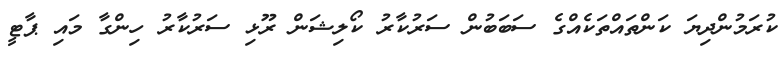
ކުރަމުންދިޔަ ކަންތައްތަކެއްގެ ސަބަބުން ސަރުކާރު ކޯލިޝަން ރޫޅި ސަރުކާރު ހިންގާ މައި ޕާޓީ